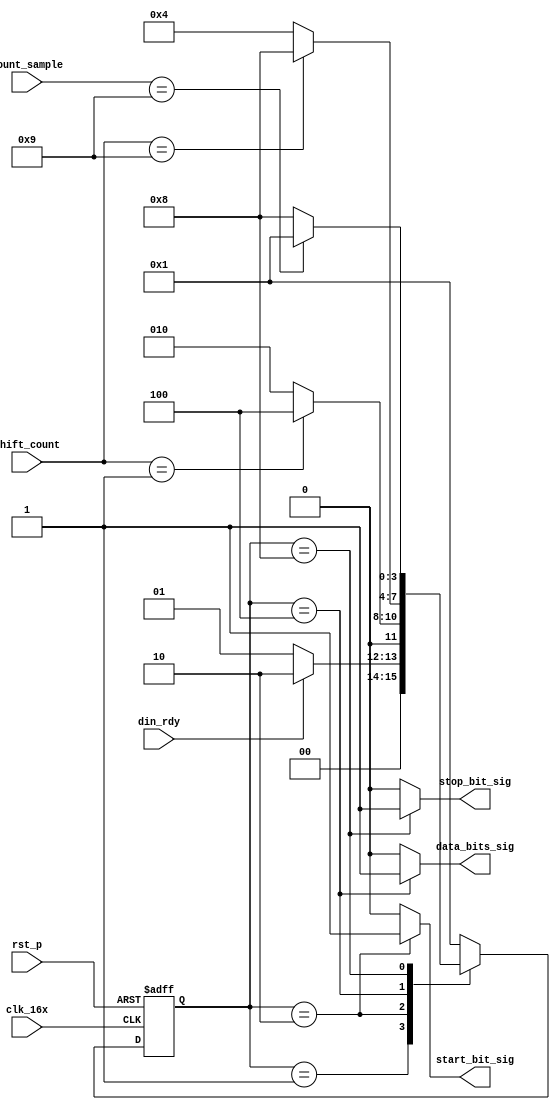
module uar_sm( clk_16x, rst_p, din_rdy, shift_count, count_sample,
	       start_bit_sig, data_bits_sig, stop_bit_sig );

input clk_16x, rst_p, din_rdy;
input [3:0] shift_count, count_sample;

output reg start_bit_sig, data_bits_sig, stop_bit_sig;

parameter [3:0] IDLE = 4'b0001;
parameter [3:0] START_BIT_ST = 4'b0010;
parameter [3:0] DATA_BITS_ST = 4'b0100;
parameter [3:0] STOP_BIT_ST = 4'b1000;

reg [3:0] rx_state;

// State Register, Next State & Output Logic
always @(posedge clk_16x or posedge rst_p)
begin
	if(rst_p)
		rx_state <= IDLE;
	else
	begin
		case(rx_state)
		IDLE: begin
			if(din_rdy)
				rx_state <= START_BIT_ST;
			else
				rx_state <= IDLE;
		end
		START_BIT_ST: begin
			if(shift_count == 4'd1)
				rx_state <= DATA_BITS_ST;
			else
				rx_state <= START_BIT_ST;
		end
		DATA_BITS_ST: begin
			if(shift_count == 4'd9)
				rx_state <= STOP_BIT_ST;
			else
				rx_state <= DATA_BITS_ST;
		end
		STOP_BIT_ST: begin
			if(count_sample == 4'd9)
				rx_state <= IDLE;
			else
				rx_state <= STOP_BIT_ST;
		end
		default: begin
			rx_state <= IDLE;
		end
		endcase
	end
end

always @(rx_state)
begin
	case(rx_state)
	IDLE: begin
		start_bit_sig = 1'b0;
		data_bits_sig = 1'b0;
		stop_bit_sig = 1'b0;
	end
	START_BIT_ST: begin
		start_bit_sig = 1'b1;
		data_bits_sig = 1'b0;
		stop_bit_sig = 1'b0;
	end
	DATA_BITS_ST: begin
		start_bit_sig = 1'b0;
		data_bits_sig = 1'b1;
		stop_bit_sig = 1'b0;
	end
	STOP_BIT_ST: begin
		start_bit_sig = 1'b0;
		data_bits_sig = 1'b0;
		stop_bit_sig = 1'b1;
	end
	default: begin
		start_bit_sig = 1'b0;
		data_bits_sig = 1'b0;
		stop_bit_sig = 1'b0;
	end
	endcase
end

endmodule